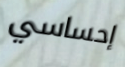
إحساسي